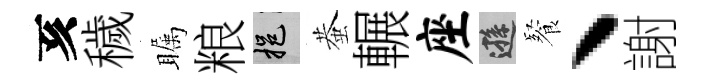
亥穢瞩粮挹蛬輾座遜餐丶謝